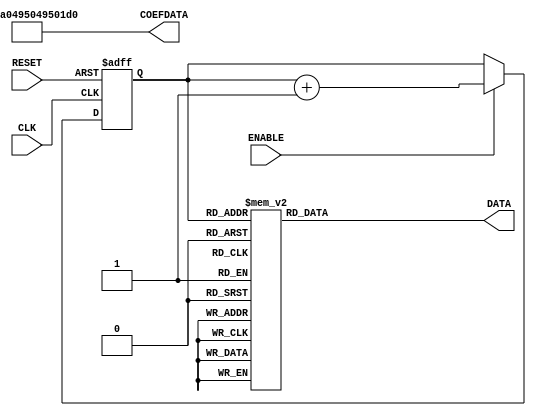
`timescale 1ns / 1ps
//////////////////////////////////////////////////////////////////////////////////
// creating a memory stream so ADDRESS is not part of the I/O

module mySAMPLEMem(
       input CLK, 
       input RESET,
       input ENABLE,
       output reg signed [15:0]  DATA,
       output [63:0] COEFDATA
    );
    
   reg [10:0] ADDR;
 
 assign  COEFDATA=64'h01CA0495049501CA;

 //synchronous output block & Memory address generator
   always @ (posedge CLK or posedge RESET) begin
        if(RESET)
            ADDR <=0;
        else if (ENABLE)
            ADDR<=ADDR+1;
    end
 
 
    always @(*) begin
        case(ADDR)
        0:DATA<=58;
        1:DATA<=60;
        2:DATA<=63;
        3:DATA<=66;
        4:DATA<=68;
        5:DATA<=71;
        6:DATA<=74;
        7:DATA<=76;
        8:DATA<=79;
        9:DATA<=81;
        10:DATA<=84;
        11:DATA<=86;
        12:DATA<=88;
        13:DATA<=91;
        14:DATA<=93;
        15:DATA<=95;
        16:DATA<=97;
        17:DATA<=99;
        18:DATA<=101;
        19:DATA<=103;
        20:DATA<=104;
        21:DATA<=106;
        22:DATA<=107;
        23:DATA<=109;
        24:DATA<=110;
        25:DATA<=111;
        26:DATA<=112;
        27:DATA<=113;
        28:DATA<=113;
        29:DATA<=114;
        30:DATA<=114;
        31:DATA<=115;
        32:DATA<=115;
        33:DATA<=115;
        34:DATA<=115;
        35:DATA<=115;
        36:DATA<=115;
        37:DATA<=114;
        38:DATA<=114;
        39:DATA<=113;
        40:DATA<=112;
        41:DATA<=111;
        42:DATA<=110;
        43:DATA<=109;
        44:DATA<=108;
        45:DATA<=107;
        46:DATA<=105;
        47:DATA<=104;
        48:DATA<=102;
        49:DATA<=100;
        50:DATA<=98;
        51:DATA<=96;
        52:DATA<=94;
        53:DATA<=92;
        54:DATA<=90;
        55:DATA<=88;
        56:DATA<=85;
        57:DATA<=83;
        58:DATA<=80;
        59:DATA<=78;
        60:DATA<=75;
        61:DATA<=73;
        62:DATA<=70;
        63:DATA<=68;
        64:DATA<=65;
        65:DATA<=62;
        66:DATA<=59;
        67:DATA<=57;
        68:DATA<=54;
        69:DATA<=51;
        70:DATA<=49;
        71:DATA<=46;
        72:DATA<=43;
        73:DATA<=41;
        74:DATA<=38;
        75:DATA<=36;
        76:DATA<=33;
        77:DATA<=31;
        78:DATA<=28;
        79:DATA<=26;
        80:DATA<=24;
        81:DATA<=22;
        82:DATA<=20;
        83:DATA<=18;
        84:DATA<=16;
        85:DATA<=14;
        86:DATA<=12;
        87:DATA<=10;
        88:DATA<=9;
        89:DATA<=8;
        90:DATA<=6;
        91:DATA<=5;
        92:DATA<=4;
        93:DATA<=3;
        94:DATA<=2;
        95:DATA<=2;
        96:DATA<=1;
        97:DATA<=1;
        98:DATA<=0;
        99:DATA<=0;
        100:DATA<=0;
        101:DATA<=0;
        102:DATA<=0;
        103:DATA<=1;
        104:DATA<=1;
        105:DATA<=2;
        106:DATA<=2;
        107:DATA<=3;
        108:DATA<=4;
        109:DATA<=5;
        110:DATA<=6;
        111:DATA<=8;
        112:DATA<=9;
        113:DATA<=10;
        114:DATA<=12;
        115:DATA<=14;
        116:DATA<=16;
        117:DATA<=18;
        118:DATA<=20;
        119:DATA<=22;
        120:DATA<=24;
        121:DATA<=26;
        122:DATA<=28;
        123:DATA<=31;
        124:DATA<=33;
        125:DATA<=36;
        126:DATA<=38;
        127:DATA<=41;
        128:DATA<=43;
        129:DATA<=46;
        130:DATA<=49;
        131:DATA<=51;
        132:DATA<=54;
        133:DATA<=57;
        134:DATA<=59;
        135:DATA<=62;
        136:DATA<=65;
        137:DATA<=68;
        138:DATA<=70;
        139:DATA<=73;
        140:DATA<=75;
        141:DATA<=78;
        142:DATA<=80;
        143:DATA<=83;
        144:DATA<=85;
        145:DATA<=88;
        146:DATA<=90;
        147:DATA<=92;
        148:DATA<=94;
        149:DATA<=96;
        150:DATA<=98;
        151:DATA<=100;
        152:DATA<=102;
        153:DATA<=104;
        154:DATA<=105;
        155:DATA<=107;
        156:DATA<=108;
        157:DATA<=109;
        158:DATA<=110;
        159:DATA<=111;
        160:DATA<=112;
        161:DATA<=113;
        162:DATA<=114;
        163:DATA<=114;
        164:DATA<=115;
        165:DATA<=115;
        166:DATA<=115;
        167:DATA<=115;
        168:DATA<=115;
        169:DATA<=115;
        170:DATA<=114;
        171:DATA<=114;
        172:DATA<=113;
        173:DATA<=113;
        174:DATA<=112;
        175:DATA<=111;
        176:DATA<=110;
        177:DATA<=109;
        178:DATA<=107;
        179:DATA<=106;
        180:DATA<=104;
        181:DATA<=103;
        182:DATA<=101;
        183:DATA<=99;
        184:DATA<=97;
        185:DATA<=95;
        186:DATA<=93;
        187:DATA<=91;
        188:DATA<=88;
        189:DATA<=86;
        190:DATA<=84;
        191:DATA<=81;
        192:DATA<=79;
        193:DATA<=76;
        194:DATA<=74;
        195:DATA<=71;
        196:DATA<=68;
        197:DATA<=66;
        198:DATA<=63;
        199:DATA<=60;
        200:DATA<=58;
        201:DATA<=55;
        202:DATA<=52;
        203:DATA<=49;
        204:DATA<=47;
        205:DATA<=44;
        206:DATA<=42;
        207:DATA<=39;
        208:DATA<=36;
        209:DATA<=34;
        210:DATA<=31;
        211:DATA<=29;
        212:DATA<=27;
        213:DATA<=24;
        214:DATA<=22;
        215:DATA<=20;
        216:DATA<=18;
        217:DATA<=16;
        218:DATA<=14;
        219:DATA<=13;
        220:DATA<=11;
        221:DATA<=9;
        222:DATA<=8;
        223:DATA<=7;
        224:DATA<=5;
        225:DATA<=4;
        226:DATA<=3;
        227:DATA<=3;
        228:DATA<=2;
        229:DATA<=1;
        230:DATA<=1;
        231:DATA<=0;
        232:DATA<=0;
        233:DATA<=0;
        234:DATA<=0;
        235:DATA<=0;
        236:DATA<=0;
        237:DATA<=1;
        238:DATA<=1;
        239:DATA<=2;
        240:DATA<=3;
        241:DATA<=4;
        242:DATA<=5;
        243:DATA<=6;
        244:DATA<=7;
        245:DATA<=8;
        246:DATA<=10;
        247:DATA<=12;
        248:DATA<=13;
        249:DATA<=15;
        250:DATA<=17;
        251:DATA<=19;
        252:DATA<=21;
        253:DATA<=23;
        254:DATA<=25;
        255:DATA<=28;
        256:DATA<=30;
        257:DATA<=32;
        258:DATA<=35;
        259:DATA<=37;
        260:DATA<=40;
        261:DATA<=42;
        262:DATA<=45;
        263:DATA<=48;
        264:DATA<=50;
        265:DATA<=53;
        266:DATA<=56;
        267:DATA<=59;
        268:DATA<=61;
        269:DATA<=64;
        270:DATA<=67;
        271:DATA<=69;
        272:DATA<=72;
        273:DATA<=75;
        274:DATA<=77;
        275:DATA<=80;
        276:DATA<=82;
        277:DATA<=85;
        278:DATA<=87;
        279:DATA<=89;
        280:DATA<=91;
        281:DATA<=94;
        282:DATA<=96;
        283:DATA<=98;
        284:DATA<=100;
        285:DATA<=101;
        286:DATA<=103;
        287:DATA<=105;
        288:DATA<=106;
        289:DATA<=108;
        290:DATA<=109;
        291:DATA<=110;
        292:DATA<=111;
        293:DATA<=112;
        294:DATA<=113;
        295:DATA<=114;
        296:DATA<=114;
        297:DATA<=115;
        298:DATA<=115;
        299:DATA<=115;
        300:DATA<=115;
        301:DATA<=115;
        302:DATA<=115;
        303:DATA<=115;
        304:DATA<=114;
        305:DATA<=114;
        306:DATA<=113;
        307:DATA<=112;
        308:DATA<=111;
        309:DATA<=110;
        310:DATA<=109;
        311:DATA<=108;
        312:DATA<=106;
        313:DATA<=105;
        314:DATA<=103;
        315:DATA<=101;
        316:DATA<=100;
        317:DATA<=98;
        318:DATA<=96;
        319:DATA<=94;
        320:DATA<=91;
        321:DATA<=89;
        322:DATA<=87;
        323:DATA<=85;
        324:DATA<=82;
        325:DATA<=80;
        326:DATA<=77;
        327:DATA<=75;
        328:DATA<=72;
        329:DATA<=69;
        330:DATA<=67;
        331:DATA<=64;
        332:DATA<=61;
        333:DATA<=59;
        334:DATA<=56;
        335:DATA<=53;
        336:DATA<=50;
        337:DATA<=48;
        338:DATA<=45;
        339:DATA<=42;
        340:DATA<=40;
        341:DATA<=37;
        342:DATA<=35;
        343:DATA<=32;
        344:DATA<=30;
        345:DATA<=28;
        346:DATA<=25;
        347:DATA<=23;
        348:DATA<=21;
        349:DATA<=19;
        350:DATA<=17;
        351:DATA<=15;
        352:DATA<=13;
        353:DATA<=12;
        354:DATA<=10;
        355:DATA<=8;
        356:DATA<=7;
        357:DATA<=6;
        358:DATA<=5;
        359:DATA<=4;
        360:DATA<=3;
        361:DATA<=2;
        362:DATA<=1;
        363:DATA<=1;
        364:DATA<=0;
        365:DATA<=0;
        366:DATA<=0;
        367:DATA<=0;
        368:DATA<=0;
        369:DATA<=0;
        370:DATA<=1;
        371:DATA<=1;
        372:DATA<=2;
        373:DATA<=3;
        374:DATA<=3;
        375:DATA<=4;
        376:DATA<=5;
        377:DATA<=7;
        378:DATA<=8;
        379:DATA<=9;
        380:DATA<=11;
        381:DATA<=13;
        382:DATA<=14;
        383:DATA<=16;
        384:DATA<=18;
        385:DATA<=20;
        386:DATA<=22;
        387:DATA<=24;
        388:DATA<=27;
        389:DATA<=29;
        390:DATA<=31;
        391:DATA<=34;
        392:DATA<=36;
        393:DATA<=39;
        394:DATA<=42;
        395:DATA<=44;
        396:DATA<=47;
        397:DATA<=49;
        398:DATA<=52;
        399:DATA<=55;
        400:DATA<=58;
        401:DATA<=60;
        402:DATA<=63;
        403:DATA<=66;
        404:DATA<=68;
        405:DATA<=71;
        406:DATA<=74;
        407:DATA<=76;
        408:DATA<=79;
        409:DATA<=81;
        410:DATA<=84;
        411:DATA<=86;
        412:DATA<=88;
        413:DATA<=91;
        414:DATA<=93;
        415:DATA<=95;
        416:DATA<=97;
        417:DATA<=99;
        418:DATA<=101;
        419:DATA<=103;
        420:DATA<=104;
        421:DATA<=106;
        422:DATA<=107;
        423:DATA<=109;
        424:DATA<=110;
        425:DATA<=111;
        426:DATA<=112;
        427:DATA<=113;
        428:DATA<=113;
        429:DATA<=114;
        430:DATA<=114;
        431:DATA<=115;
        432:DATA<=115;
        433:DATA<=115;
        434:DATA<=115;
        435:DATA<=115;
        436:DATA<=115;
        437:DATA<=114;
        438:DATA<=114;
        439:DATA<=113;
        440:DATA<=112;
        441:DATA<=111;
        442:DATA<=110;
        443:DATA<=109;
        444:DATA<=108;
        445:DATA<=107;
        446:DATA<=105;
        447:DATA<=104;
        448:DATA<=102;
        449:DATA<=100;
        450:DATA<=98;
        451:DATA<=96;
        452:DATA<=94;
        453:DATA<=92;
        454:DATA<=90;
        455:DATA<=88;
        456:DATA<=85;
        457:DATA<=83;
        458:DATA<=80;
        459:DATA<=78;
        460:DATA<=75;
        461:DATA<=73;
        462:DATA<=70;
        463:DATA<=68;
        464:DATA<=65;
        465:DATA<=62;
        466:DATA<=59;
        467:DATA<=57;
        468:DATA<=54;
        469:DATA<=51;
        470:DATA<=49;
        471:DATA<=46;
        472:DATA<=43;
        473:DATA<=41;
        474:DATA<=38;
        475:DATA<=36;
        476:DATA<=33;
        477:DATA<=31;
        478:DATA<=28;
        479:DATA<=26;
        480:DATA<=24;
        481:DATA<=22;
        482:DATA<=20;
        483:DATA<=18;
        484:DATA<=16;
        485:DATA<=14;
        486:DATA<=12;
        487:DATA<=10;
        488:DATA<=9;
        489:DATA<=8;
        490:DATA<=6;
        491:DATA<=5;
        492:DATA<=4;
        493:DATA<=3;
        494:DATA<=2;
        495:DATA<=2;
        496:DATA<=1;
        497:DATA<=1;
        498:DATA<=0;
        499:DATA<=0;
        500:DATA<=0;
        501:DATA<=0;
        502:DATA<=0;
        503:DATA<=1;
        504:DATA<=1;
        505:DATA<=2;
        506:DATA<=2;
        507:DATA<=3;
        508:DATA<=4;
        509:DATA<=5;
        510:DATA<=6;
        511:DATA<=8;
        512:DATA<=9;
        513:DATA<=10;
        514:DATA<=12;
        515:DATA<=14;
        516:DATA<=16;
        517:DATA<=18;
        518:DATA<=20;
        519:DATA<=22;
        520:DATA<=24;
        521:DATA<=26;
        522:DATA<=28;
        523:DATA<=31;
        524:DATA<=33;
        525:DATA<=36;
        526:DATA<=38;
        527:DATA<=41;
        528:DATA<=43;
        529:DATA<=46;
        530:DATA<=49;
        531:DATA<=51;
        532:DATA<=54;
        533:DATA<=57;
        534:DATA<=59;
        535:DATA<=62;
        536:DATA<=65;
        537:DATA<=68;
        538:DATA<=70;
        539:DATA<=73;
        540:DATA<=75;
        541:DATA<=78;
        542:DATA<=80;
        543:DATA<=83;
        544:DATA<=85;
        545:DATA<=88;
        546:DATA<=90;
        547:DATA<=92;
        548:DATA<=94;
        549:DATA<=96;
        550:DATA<=98;
        551:DATA<=100;
        552:DATA<=102;
        553:DATA<=104;
        554:DATA<=105;
        555:DATA<=107;
        556:DATA<=108;
        557:DATA<=109;
        558:DATA<=110;
        559:DATA<=111;
        560:DATA<=112;
        561:DATA<=113;
        562:DATA<=114;
        563:DATA<=114;
        564:DATA<=115;
        565:DATA<=115;
        566:DATA<=115;
        567:DATA<=115;
        568:DATA<=115;
        569:DATA<=115;
        570:DATA<=114;
        571:DATA<=114;
        572:DATA<=113;
        573:DATA<=113;
        574:DATA<=112;
        575:DATA<=111;
        576:DATA<=110;
        577:DATA<=109;
        578:DATA<=107;
        579:DATA<=106;
        580:DATA<=104;
        581:DATA<=103;
        582:DATA<=101;
        583:DATA<=99;
        584:DATA<=97;
        585:DATA<=95;
        586:DATA<=93;
        587:DATA<=91;
        588:DATA<=88;
        589:DATA<=86;
        590:DATA<=84;
        591:DATA<=81;
        592:DATA<=79;
        593:DATA<=76;
        594:DATA<=74;
        595:DATA<=71;
        596:DATA<=68;
        597:DATA<=66;
        598:DATA<=63;
        599:DATA<=60;
        600:DATA<=58;
        601:DATA<=55;
        602:DATA<=52;
        603:DATA<=49;
        604:DATA<=47;
        605:DATA<=44;
        606:DATA<=42;
        607:DATA<=39;
        608:DATA<=36;
        609:DATA<=34;
        610:DATA<=31;
        611:DATA<=29;
        612:DATA<=27;
        613:DATA<=24;
        614:DATA<=22;
        615:DATA<=20;
        616:DATA<=18;
        617:DATA<=16;
        618:DATA<=14;
        619:DATA<=13;
        620:DATA<=11;
        621:DATA<=9;
        622:DATA<=8;
        623:DATA<=7;
        624:DATA<=5;
        625:DATA<=4;
        626:DATA<=3;
        627:DATA<=3;
        628:DATA<=2;
        629:DATA<=1;
        630:DATA<=1;
        631:DATA<=0;
        632:DATA<=0;
        633:DATA<=0;
        634:DATA<=0;
        635:DATA<=0;
        636:DATA<=0;
        637:DATA<=1;
        638:DATA<=1;
        639:DATA<=2;
        640:DATA<=3;
        641:DATA<=4;
        642:DATA<=5;
        643:DATA<=6;
        644:DATA<=7;
        645:DATA<=8;
        646:DATA<=10;
        647:DATA<=12;
        648:DATA<=13;
        649:DATA<=15;
        650:DATA<=17;
        651:DATA<=19;
        652:DATA<=21;
        653:DATA<=23;
        654:DATA<=25;
        655:DATA<=28;
        656:DATA<=30;
        657:DATA<=32;
        658:DATA<=35;
        659:DATA<=37;
        660:DATA<=40;
        661:DATA<=42;
        662:DATA<=45;
        663:DATA<=48;
        664:DATA<=50;
        665:DATA<=53;
        666:DATA<=56;
        667:DATA<=59;
        668:DATA<=61;
        669:DATA<=64;
        670:DATA<=67;
        671:DATA<=69;
        672:DATA<=72;
        673:DATA<=75;
        674:DATA<=77;
        675:DATA<=80;
        676:DATA<=82;
        677:DATA<=85;
        678:DATA<=87;
        679:DATA<=89;
        680:DATA<=91;
        681:DATA<=94;
        682:DATA<=96;
        683:DATA<=98;
        684:DATA<=100;
        685:DATA<=101;
        686:DATA<=103;
        687:DATA<=105;
        688:DATA<=106;
        689:DATA<=108;
        690:DATA<=109;
        691:DATA<=110;
        692:DATA<=111;
        693:DATA<=112;
        694:DATA<=113;
        695:DATA<=114;
        696:DATA<=114;
        697:DATA<=115;
        698:DATA<=115;
        699:DATA<=115;
        700:DATA<=115;
        701:DATA<=115;
        702:DATA<=115;
        703:DATA<=115;
        704:DATA<=114;
        705:DATA<=114;
        706:DATA<=113;
        707:DATA<=112;
        708:DATA<=111;
        709:DATA<=110;
        710:DATA<=109;
        711:DATA<=108;
        712:DATA<=106;
        713:DATA<=105;
        714:DATA<=103;
        715:DATA<=101;
        716:DATA<=100;
        717:DATA<=98;
        718:DATA<=96;
        719:DATA<=94;
        720:DATA<=91;
        721:DATA<=89;
        722:DATA<=87;
        723:DATA<=85;
        724:DATA<=82;
        725:DATA<=80;
        726:DATA<=77;
        727:DATA<=75;
        728:DATA<=72;
        729:DATA<=69;
        730:DATA<=67;
        731:DATA<=64;
        732:DATA<=61;
        733:DATA<=59;
        734:DATA<=56;
        735:DATA<=53;
        736:DATA<=50;
        737:DATA<=48;
        738:DATA<=45;
        739:DATA<=42;
        740:DATA<=40;
        741:DATA<=37;
        742:DATA<=35;
        743:DATA<=32;
        744:DATA<=30;
        745:DATA<=28;
        746:DATA<=25;
        747:DATA<=23;
        748:DATA<=21;
        749:DATA<=19;
        750:DATA<=17;
        751:DATA<=15;
        752:DATA<=13;
        753:DATA<=12;
        754:DATA<=10;
        755:DATA<=8;
        756:DATA<=7;
        757:DATA<=6;
        758:DATA<=5;
        759:DATA<=4;
        760:DATA<=3;
        761:DATA<=2;
        762:DATA<=1;
        763:DATA<=1;
        764:DATA<=0;
        765:DATA<=0;
        766:DATA<=0;
        767:DATA<=0;
        768:DATA<=0;
        769:DATA<=0;
        770:DATA<=1;
        771:DATA<=1;
        772:DATA<=2;
        773:DATA<=3;
        774:DATA<=3;
        775:DATA<=4;
        776:DATA<=5;
        777:DATA<=7;
        778:DATA<=8;
        779:DATA<=9;
        780:DATA<=11;
        781:DATA<=13;
        782:DATA<=14;
        783:DATA<=16;
        784:DATA<=18;
        785:DATA<=20;
        786:DATA<=22;
        787:DATA<=24;
        788:DATA<=27;
        789:DATA<=29;
        790:DATA<=31;
        791:DATA<=34;
        792:DATA<=36;
        793:DATA<=39;
        794:DATA<=42;
        795:DATA<=44;
        796:DATA<=47;
        797:DATA<=49;
        798:DATA<=52;
        799:DATA<=55;
        800:DATA<=58;
        801:DATA<=58;
        802:DATA<=84;
        803:DATA<=104;
        804:DATA<=114;
        805:DATA<=112;
        806:DATA<=98;
        807:DATA<=75;
        808:DATA<=49;
        809:DATA<=24;
        810:DATA<=6;
        811:DATA<=0;
        812:DATA<=6;
        813:DATA<=24;
        814:DATA<=49;
        815:DATA<=75;
        816:DATA<=98;
        817:DATA<=112;
        818:DATA<=114;
        819:DATA<=104;
        820:DATA<=84;
        821:DATA<=58;
        822:DATA<=31;
        823:DATA<=11;
        824:DATA<=1;
        825:DATA<=3;
        826:DATA<=17;
        827:DATA<=40;
        828:DATA<=67;
        829:DATA<=91;
        830:DATA<=109;
        831:DATA<=115;
        832:DATA<=109;
        833:DATA<=91;
        834:DATA<=67;
        835:DATA<=40;
        836:DATA<=17;
        837:DATA<=3;
        838:DATA<=1;
        839:DATA<=11;
        840:DATA<=31;
        841:DATA<=58;
        842:DATA<=84;
        843:DATA<=104;
        844:DATA<=114;
        845:DATA<=112;
        846:DATA<=98;
        847:DATA<=75;
        848:DATA<=49;
        849:DATA<=24;
        850:DATA<=6;
        851:DATA<=0;
        852:DATA<=6;
        853:DATA<=24;
        854:DATA<=49;
        855:DATA<=75;
        856:DATA<=98;
        857:DATA<=112;
        858:DATA<=114;
        859:DATA<=104;
        860:DATA<=84;
        861:DATA<=58;
        862:DATA<=31;
        863:DATA<=11;
        864:DATA<=1;
        865:DATA<=3;
        866:DATA<=17;
        867:DATA<=40;
        868:DATA<=67;
        869:DATA<=91;
        870:DATA<=109;
        871:DATA<=115;
        872:DATA<=109;
        873:DATA<=91;
        874:DATA<=67;
        875:DATA<=40;
        876:DATA<=17;
        877:DATA<=3;
        878:DATA<=1;
        879:DATA<=11;
        880:DATA<=31;
        881:DATA<=58;
        882:DATA<=84;
        883:DATA<=104;
        884:DATA<=114;
        885:DATA<=112;
        886:DATA<=98;
        887:DATA<=75;
        888:DATA<=49;
        889:DATA<=24;
        890:DATA<=6;
        891:DATA<=0;
        892:DATA<=6;
        893:DATA<=24;
        894:DATA<=49;
        895:DATA<=75;
        896:DATA<=98;
        897:DATA<=112;
        898:DATA<=114;
        899:DATA<=104;
        900:DATA<=84;
        901:DATA<=58;
        902:DATA<=31;
        903:DATA<=11;
        904:DATA<=1;
        905:DATA<=3;
        906:DATA<=17;
        907:DATA<=40;
        908:DATA<=67;
        909:DATA<=91;
        910:DATA<=109;
        911:DATA<=115;
        912:DATA<=109;
        913:DATA<=91;
        914:DATA<=67;
        915:DATA<=40;
        916:DATA<=17;
        917:DATA<=3;
        918:DATA<=1;
        919:DATA<=11;
        920:DATA<=31;
        921:DATA<=58;
        922:DATA<=84;
        923:DATA<=104;
        924:DATA<=114;
        925:DATA<=112;
        926:DATA<=98;
        927:DATA<=75;
        928:DATA<=49;
        929:DATA<=24;
        930:DATA<=6;
        931:DATA<=0;
        932:DATA<=6;
        933:DATA<=24;
        934:DATA<=49;
        935:DATA<=75;
        936:DATA<=98;
        937:DATA<=112;
        938:DATA<=114;
        939:DATA<=104;
        940:DATA<=84;
        941:DATA<=58;
        942:DATA<=31;
        943:DATA<=11;
        944:DATA<=1;
        945:DATA<=3;
        946:DATA<=17;
        947:DATA<=40;
        948:DATA<=67;
        949:DATA<=91;
        950:DATA<=109;
        951:DATA<=115;
        952:DATA<=109;
        953:DATA<=91;
        954:DATA<=67;
        955:DATA<=40;
        956:DATA<=17;
        957:DATA<=3;
        958:DATA<=1;
        959:DATA<=11;
        960:DATA<=31;
        961:DATA<=58;
        962:DATA<=84;
        963:DATA<=104;
        964:DATA<=114;
        965:DATA<=112;
        966:DATA<=98;
        967:DATA<=75;
        968:DATA<=49;
        969:DATA<=24;
        970:DATA<=6;
        971:DATA<=0;
        972:DATA<=6;
        973:DATA<=24;
        974:DATA<=49;
        975:DATA<=75;
        976:DATA<=98;
        977:DATA<=112;
        978:DATA<=114;
        979:DATA<=104;
        980:DATA<=84;
        981:DATA<=58;
        982:DATA<=31;
        983:DATA<=11;
        984:DATA<=1;
        985:DATA<=3;
        986:DATA<=17;
        987:DATA<=40;
        988:DATA<=67;
        989:DATA<=91;
        990:DATA<=109;
        991:DATA<=115;
        992:DATA<=109;
        993:DATA<=91;
        994:DATA<=67;
        995:DATA<=40;
        996:DATA<=17;
        997:DATA<=3;
        998:DATA<=1;
        999:DATA<=11;
        1000:DATA<=31;
        1001:DATA<=58;
        1002:DATA<=84;
        1003:DATA<=104;
        1004:DATA<=114;
        1005:DATA<=112;
        1006:DATA<=98;
        1007:DATA<=75;
        1008:DATA<=49;
        1009:DATA<=24;
        1010:DATA<=6;
        1011:DATA<=0;
        1012:DATA<=6;
        1013:DATA<=24;
        1014:DATA<=49;
        1015:DATA<=75;
        1016:DATA<=98;
        1017:DATA<=112;
        1018:DATA<=114;
        1019:DATA<=104;
        1020:DATA<=84;
        1021:DATA<=58;
        1022:DATA<=31;
        1023:DATA<=11;
        1024:DATA<=1;
        1025:DATA<=3;
        1026:DATA<=17;
        1027:DATA<=40;
        1028:DATA<=67;
        1029:DATA<=91;
        1030:DATA<=109;
        1031:DATA<=115;
        1032:DATA<=109;
        1033:DATA<=91;
        1034:DATA<=67;
        1035:DATA<=40;
        1036:DATA<=17;
        1037:DATA<=3;
        1038:DATA<=1;
        1039:DATA<=11;
        1040:DATA<=31;
        1041:DATA<=58;
        1042:DATA<=84;
        1043:DATA<=104;
        1044:DATA<=114;
        1045:DATA<=112;
        1046:DATA<=98;
        1047:DATA<=75;
        1048:DATA<=49;
        1049:DATA<=24;
        1050:DATA<=6;
        1051:DATA<=0;
        1052:DATA<=6;
        1053:DATA<=24;
        1054:DATA<=49;
        1055:DATA<=75;
        1056:DATA<=98;
        1057:DATA<=112;
        1058:DATA<=114;
        1059:DATA<=104;
        1060:DATA<=84;
        1061:DATA<=58;
        1062:DATA<=31;
        1063:DATA<=11;
        1064:DATA<=1;
        1065:DATA<=3;
        1066:DATA<=17;
        1067:DATA<=40;
        1068:DATA<=67;
        1069:DATA<=91;
        1070:DATA<=109;
        1071:DATA<=115;
        1072:DATA<=109;
        1073:DATA<=91;
        1074:DATA<=67;
        1075:DATA<=40;
        1076:DATA<=17;
        1077:DATA<=3;
        1078:DATA<=1;
        1079:DATA<=11;
        1080:DATA<=31;
        1081:DATA<=58;
        1082:DATA<=84;
        1083:DATA<=104;
        1084:DATA<=114;
        1085:DATA<=112;
        1086:DATA<=98;
        1087:DATA<=75;
        1088:DATA<=49;
        1089:DATA<=24;
        1090:DATA<=6;
        1091:DATA<=0;
        1092:DATA<=6;
        1093:DATA<=24;
        1094:DATA<=49;
        1095:DATA<=75;
        1096:DATA<=98;
        1097:DATA<=112;
        1098:DATA<=114;
        1099:DATA<=104;
        1100:DATA<=84;
        1101:DATA<=58;
        1102:DATA<=31;
        1103:DATA<=11;
        1104:DATA<=1;
        1105:DATA<=3;
        1106:DATA<=17;
        1107:DATA<=40;
        1108:DATA<=67;
        1109:DATA<=91;
        1110:DATA<=109;
        1111:DATA<=115;
        1112:DATA<=109;
        1113:DATA<=91;
        1114:DATA<=67;
        1115:DATA<=40;
        1116:DATA<=17;
        1117:DATA<=3;
        1118:DATA<=1;
        1119:DATA<=11;
        1120:DATA<=31;
        1121:DATA<=58;
        1122:DATA<=84;
        1123:DATA<=104;
        1124:DATA<=114;
        1125:DATA<=112;
        1126:DATA<=98;
        1127:DATA<=75;
        1128:DATA<=49;
        1129:DATA<=24;
        1130:DATA<=6;
        1131:DATA<=0;
        1132:DATA<=6;
        1133:DATA<=24;
        1134:DATA<=49;
        1135:DATA<=75;
        1136:DATA<=98;
        1137:DATA<=112;
        1138:DATA<=114;
        1139:DATA<=104;
        1140:DATA<=84;
        1141:DATA<=58;
        1142:DATA<=31;
        1143:DATA<=11;
        1144:DATA<=1;
        1145:DATA<=3;
        1146:DATA<=17;
        1147:DATA<=40;
        1148:DATA<=67;
        1149:DATA<=91;
        1150:DATA<=109;
        1151:DATA<=115;
        1152:DATA<=109;
        1153:DATA<=91;
        1154:DATA<=67;
        1155:DATA<=40;
        1156:DATA<=17;
        1157:DATA<=3;
        1158:DATA<=1;
        1159:DATA<=11;
        1160:DATA<=31;
        1161:DATA<=58;
        1162:DATA<=84;
        1163:DATA<=104;
        1164:DATA<=114;
        1165:DATA<=112;
        1166:DATA<=98;
        1167:DATA<=75;
        1168:DATA<=49;
        1169:DATA<=24;
        1170:DATA<=6;
        1171:DATA<=0;
        1172:DATA<=6;
        1173:DATA<=24;
        1174:DATA<=49;
        1175:DATA<=75;
        1176:DATA<=98;
        1177:DATA<=112;
        1178:DATA<=114;
        1179:DATA<=104;
        1180:DATA<=84;
        1181:DATA<=58;
        1182:DATA<=31;
        1183:DATA<=11;
        1184:DATA<=1;
        1185:DATA<=3;
        1186:DATA<=17;
        1187:DATA<=40;
        1188:DATA<=67;
        1189:DATA<=91;
        1190:DATA<=109;
        1191:DATA<=115;
        1192:DATA<=109;
        1193:DATA<=91;
        1194:DATA<=67;
        1195:DATA<=40;
        1196:DATA<=17;
        1197:DATA<=3;
        1198:DATA<=1;
        1199:DATA<=11;
        1200:DATA<=31;
        1201:DATA<=58;
        1202:DATA<=84;
        1203:DATA<=104;
        1204:DATA<=114;
        1205:DATA<=112;
        1206:DATA<=98;
        1207:DATA<=75;
        1208:DATA<=49;
        1209:DATA<=24;
        1210:DATA<=6;
        1211:DATA<=0;
        1212:DATA<=6;
        1213:DATA<=24;
        1214:DATA<=49;
        1215:DATA<=75;
        1216:DATA<=98;
        1217:DATA<=112;
        1218:DATA<=114;
        1219:DATA<=104;
        1220:DATA<=84;
        1221:DATA<=58;
        1222:DATA<=31;
        1223:DATA<=11;
        1224:DATA<=1;
        1225:DATA<=3;
        1226:DATA<=17;
        1227:DATA<=40;
        1228:DATA<=67;
        1229:DATA<=91;
        1230:DATA<=109;
        1231:DATA<=115;
        1232:DATA<=109;
        1233:DATA<=91;
        1234:DATA<=67;
        1235:DATA<=40;
        1236:DATA<=17;
        1237:DATA<=3;
        1238:DATA<=1;
        1239:DATA<=11;
        1240:DATA<=31;
        1241:DATA<=58;
        1242:DATA<=84;
        1243:DATA<=104;
        1244:DATA<=114;
        1245:DATA<=112;
        1246:DATA<=98;
        1247:DATA<=75;
        1248:DATA<=49;
        1249:DATA<=24;
        1250:DATA<=6;
        1251:DATA<=0;
        1252:DATA<=6;
        1253:DATA<=24;
        1254:DATA<=49;
        1255:DATA<=75;
        1256:DATA<=98;
        1257:DATA<=112;
        1258:DATA<=114;
        1259:DATA<=104;
        1260:DATA<=84;
        1261:DATA<=58;
        1262:DATA<=31;
        1263:DATA<=11;
        1264:DATA<=1;
        1265:DATA<=3;
        1266:DATA<=17;
        1267:DATA<=40;
        1268:DATA<=67;
        1269:DATA<=91;
        1270:DATA<=109;
        1271:DATA<=115;
        1272:DATA<=109;
        1273:DATA<=91;
        1274:DATA<=67;
        1275:DATA<=40;
        1276:DATA<=17;
        1277:DATA<=3;
        1278:DATA<=1;
        1279:DATA<=11;
        1280:DATA<=31;
        1281:DATA<=58;
        1282:DATA<=84;
        1283:DATA<=104;
        1284:DATA<=114;
        1285:DATA<=112;
        1286:DATA<=98;
        1287:DATA<=75;
        1288:DATA<=49;
        1289:DATA<=24;
        1290:DATA<=6;
        1291:DATA<=0;
        1292:DATA<=6;
        1293:DATA<=24;
        1294:DATA<=49;
        1295:DATA<=75;
        1296:DATA<=98;
        1297:DATA<=112;
        1298:DATA<=114;
        1299:DATA<=104;
        1300:DATA<=84;
        1301:DATA<=58;
        1302:DATA<=31;
        1303:DATA<=11;
        1304:DATA<=1;
        1305:DATA<=3;
        1306:DATA<=17;
        1307:DATA<=40;
        1308:DATA<=67;
        1309:DATA<=91;
        1310:DATA<=109;
        1311:DATA<=115;
        1312:DATA<=109;
        1313:DATA<=91;
        1314:DATA<=67;
        1315:DATA<=40;
        1316:DATA<=17;
        1317:DATA<=3;
        1318:DATA<=1;
        1319:DATA<=11;
        1320:DATA<=31;
        1321:DATA<=58;
        1322:DATA<=84;
        1323:DATA<=104;
        1324:DATA<=114;
        1325:DATA<=112;
        1326:DATA<=98;
        1327:DATA<=75;
        1328:DATA<=49;
        1329:DATA<=24;
        1330:DATA<=6;
        1331:DATA<=0;
        1332:DATA<=6;
        1333:DATA<=24;
        1334:DATA<=49;
        1335:DATA<=75;
        1336:DATA<=98;
        1337:DATA<=112;
        1338:DATA<=114;
        1339:DATA<=104;
        1340:DATA<=84;
        1341:DATA<=58;
        1342:DATA<=31;
        1343:DATA<=11;
        1344:DATA<=1;
        1345:DATA<=3;
        1346:DATA<=17;
        1347:DATA<=40;
        1348:DATA<=67;
        1349:DATA<=91;
        1350:DATA<=109;
        1351:DATA<=115;
        1352:DATA<=109;
        1353:DATA<=91;
        1354:DATA<=67;
        1355:DATA<=40;
        1356:DATA<=17;
        1357:DATA<=3;
        1358:DATA<=1;
        1359:DATA<=11;
        1360:DATA<=31;
        1361:DATA<=58;
        1362:DATA<=84;
        1363:DATA<=104;
        1364:DATA<=114;
        1365:DATA<=112;
        1366:DATA<=98;
        1367:DATA<=75;
        1368:DATA<=49;
        1369:DATA<=24;
        1370:DATA<=6;
        1371:DATA<=0;
        1372:DATA<=6;
        1373:DATA<=24;
        1374:DATA<=49;
        1375:DATA<=75;
        1376:DATA<=98;
        1377:DATA<=112;
        1378:DATA<=114;
        1379:DATA<=104;
        1380:DATA<=84;
        1381:DATA<=58;
        1382:DATA<=31;
        1383:DATA<=11;
        1384:DATA<=1;
        1385:DATA<=3;
        1386:DATA<=17;
        1387:DATA<=40;
        1388:DATA<=67;
        1389:DATA<=91;
        1390:DATA<=109;
        1391:DATA<=115;
        1392:DATA<=109;
        1393:DATA<=91;
        1394:DATA<=67;
        1395:DATA<=40;
        1396:DATA<=17;
        1397:DATA<=3;
        1398:DATA<=1;
        1399:DATA<=11;
        1400:DATA<=31;
        1401:DATA<=58;
        1402:DATA<=84;
        1403:DATA<=104;
        1404:DATA<=114;
        1405:DATA<=112;
        1406:DATA<=98;
        1407:DATA<=75;
        1408:DATA<=49;
        1409:DATA<=24;
        1410:DATA<=6;
        1411:DATA<=0;
        1412:DATA<=6;
        1413:DATA<=24;
        1414:DATA<=49;
        1415:DATA<=75;
        1416:DATA<=98;
        1417:DATA<=112;
        1418:DATA<=114;
        1419:DATA<=104;
        1420:DATA<=84;
        1421:DATA<=58;
        1422:DATA<=31;
        1423:DATA<=11;
        1424:DATA<=1;
        1425:DATA<=3;
        1426:DATA<=17;
        1427:DATA<=40;
        1428:DATA<=67;
        1429:DATA<=91;
        1430:DATA<=109;
        1431:DATA<=115;
        1432:DATA<=109;
        1433:DATA<=91;
        1434:DATA<=67;
        1435:DATA<=40;
        1436:DATA<=17;
        1437:DATA<=3;
        1438:DATA<=1;
        1439:DATA<=11;
        1440:DATA<=31;
        1441:DATA<=58;
        1442:DATA<=84;
        1443:DATA<=104;
        1444:DATA<=114;
        1445:DATA<=112;
        1446:DATA<=98;
        1447:DATA<=75;
        1448:DATA<=49;
        1449:DATA<=24;
        1450:DATA<=6;
        1451:DATA<=0;
        1452:DATA<=6;
        1453:DATA<=24;
        1454:DATA<=49;
        1455:DATA<=75;
        1456:DATA<=98;
        1457:DATA<=112;
        1458:DATA<=114;
        1459:DATA<=104;
        1460:DATA<=84;
        1461:DATA<=58;
        1462:DATA<=31;
        1463:DATA<=11;
        1464:DATA<=1;
        1465:DATA<=3;
        1466:DATA<=17;
        1467:DATA<=40;
        1468:DATA<=67;
        1469:DATA<=91;
        1470:DATA<=109;
        1471:DATA<=115;
        1472:DATA<=109;
        1473:DATA<=91;
        1474:DATA<=67;
        1475:DATA<=40;
        1476:DATA<=17;
        1477:DATA<=3;
        1478:DATA<=1;
        1479:DATA<=11;
        1480:DATA<=31;
        1481:DATA<=58;
        1482:DATA<=84;
        1483:DATA<=104;
        1484:DATA<=114;
        1485:DATA<=112;
        1486:DATA<=98;
        1487:DATA<=75;
        1488:DATA<=49;
        1489:DATA<=24;
        1490:DATA<=6;
        1491:DATA<=0;
        1492:DATA<=6;
        1493:DATA<=24;
        1494:DATA<=49;
        1495:DATA<=75;
        1496:DATA<=98;
        1497:DATA<=112;
        1498:DATA<=114;
        1499:DATA<=104;
        1500:DATA<=84;
        1501:DATA<=58;
        1502:DATA<=31;
        1503:DATA<=11;
        1504:DATA<=1;
        1505:DATA<=3;
        1506:DATA<=17;
        1507:DATA<=40;
        1508:DATA<=67;
        1509:DATA<=91;
        1510:DATA<=109;
        1511:DATA<=115;
        1512:DATA<=109;
        1513:DATA<=91;
        1514:DATA<=67;
        1515:DATA<=40;
        1516:DATA<=17;
        1517:DATA<=3;
        1518:DATA<=1;
        1519:DATA<=11;
        1520:DATA<=31;
        1521:DATA<=58;
        1522:DATA<=84;
        1523:DATA<=104;
        1524:DATA<=114;
        1525:DATA<=112;
        1526:DATA<=98;
        1527:DATA<=75;
        1528:DATA<=49;
        1529:DATA<=24;
        1530:DATA<=6;
        1531:DATA<=0;
        1532:DATA<=6;
        1533:DATA<=24;
        1534:DATA<=49;
        1535:DATA<=75;
        1536:DATA<=98;
        1537:DATA<=112;
        1538:DATA<=114;
        1539:DATA<=104;
        1540:DATA<=84;
        1541:DATA<=58;
        1542:DATA<=31;
        1543:DATA<=11;
        1544:DATA<=1;
        1545:DATA<=3;
        1546:DATA<=17;
        1547:DATA<=40;
        1548:DATA<=67;
        1549:DATA<=91;
        1550:DATA<=109;
        1551:DATA<=115;
        1552:DATA<=109;
        1553:DATA<=91;
        1554:DATA<=67;
        1555:DATA<=40;
        1556:DATA<=17;
        1557:DATA<=3;
        1558:DATA<=1;
        1559:DATA<=11;
        1560:DATA<=31;
        1561:DATA<=58;
        1562:DATA<=84;
        1563:DATA<=104;
        1564:DATA<=114;
        1565:DATA<=112;
        1566:DATA<=98;
        1567:DATA<=75;
        1568:DATA<=49;
        1569:DATA<=24;
        1570:DATA<=6;
        1571:DATA<=0;
        1572:DATA<=6;
        1573:DATA<=24;
        1574:DATA<=49;
        1575:DATA<=75;
        1576:DATA<=98;
        1577:DATA<=112;
        1578:DATA<=114;
        1579:DATA<=104;
        1580:DATA<=84;
        1581:DATA<=58;
        1582:DATA<=31;
        1583:DATA<=11;
        1584:DATA<=1;
        1585:DATA<=3;
        1586:DATA<=17;
        1587:DATA<=40;
        1588:DATA<=67;
        1589:DATA<=91;
        1590:DATA<=109;
        1591:DATA<=115;
        1592:DATA<=109;
        1593:DATA<=91;
        1594:DATA<=67;
        1595:DATA<=40;
        1596:DATA<=17;
        1597:DATA<=3;
        1598:DATA<=1;
        1599:DATA<=11;
        1600:DATA<=31;
        1601:DATA<=58;
        1602:DATA<=58;
        1603:DATA<=98;
        1604:DATA<=0;
        1605:DATA<=98;
        1606:DATA<=58;
        1607:DATA<=17;
        1608:DATA<=115;
        1609:DATA<=17;
        1610:DATA<=58;
        1611:DATA<=98;
        1612:DATA<=0;
        1613:DATA<=98;
        1614:DATA<=58;
        1615:DATA<=17;
        1616:DATA<=115;
        1617:DATA<=17;
        1618:DATA<=58;
        1619:DATA<=98;
        1620:DATA<=0;
        1621:DATA<=98;
        1622:DATA<=58;
        1623:DATA<=17;
        1624:DATA<=115;
        1625:DATA<=17;
        1626:DATA<=58;
        1627:DATA<=98;
        1628:DATA<=0;
        1629:DATA<=98;
        1630:DATA<=58;
        1631:DATA<=17;
        1632:DATA<=115;
        1633:DATA<=17;
        1634:DATA<=58;
        1635:DATA<=98;
        1636:DATA<=0;
        1637:DATA<=98;
        1638:DATA<=58;
        1639:DATA<=17;
        1640:DATA<=115;
        1641:DATA<=17;
        1642:DATA<=58;
        1643:DATA<=98;
        1644:DATA<=0;
        1645:DATA<=98;
        1646:DATA<=58;
        1647:DATA<=17;
        1648:DATA<=115;
        1649:DATA<=17;
        1650:DATA<=58;
        1651:DATA<=98;
        1652:DATA<=0;
        1653:DATA<=98;
        1654:DATA<=58;
        1655:DATA<=17;
        1656:DATA<=115;
        1657:DATA<=17;
        1658:DATA<=58;
        1659:DATA<=98;
        1660:DATA<=0;
        1661:DATA<=98;
        1662:DATA<=58;
        1663:DATA<=17;
        1664:DATA<=115;
        1665:DATA<=17;
        1666:DATA<=58;
        1667:DATA<=98;
        1668:DATA<=0;
        1669:DATA<=98;
        1670:DATA<=58;
        1671:DATA<=17;
        1672:DATA<=115;
        1673:DATA<=17;
        1674:DATA<=58;
        1675:DATA<=98;
        1676:DATA<=0;
        1677:DATA<=98;
        1678:DATA<=58;
        1679:DATA<=17;
        1680:DATA<=115;
        1681:DATA<=17;
        1682:DATA<=58;
        1683:DATA<=98;
        1684:DATA<=0;
        1685:DATA<=98;
        1686:DATA<=58;
        1687:DATA<=17;
        1688:DATA<=115;
        1689:DATA<=17;
        1690:DATA<=58;
        1691:DATA<=98;
        1692:DATA<=0;
        1693:DATA<=98;
        1694:DATA<=58;
        1695:DATA<=17;
        1696:DATA<=115;
        1697:DATA<=17;
        1698:DATA<=58;
        1699:DATA<=98;
        1700:DATA<=0;
        1701:DATA<=98;
        1702:DATA<=58;
        1703:DATA<=17;
        1704:DATA<=115;
        1705:DATA<=17;
        1706:DATA<=58;
        1707:DATA<=98;
        1708:DATA<=0;
        1709:DATA<=98;
        1710:DATA<=58;
        1711:DATA<=17;
        1712:DATA<=115;
        1713:DATA<=17;
        1714:DATA<=58;
        1715:DATA<=98;
        1716:DATA<=0;
        1717:DATA<=98;
        1718:DATA<=58;
        1719:DATA<=17;
        1720:DATA<=115;
        1721:DATA<=17;
        1722:DATA<=58;
        1723:DATA<=98;
        1724:DATA<=0;
        1725:DATA<=98;
        1726:DATA<=58;
        1727:DATA<=17;
        1728:DATA<=115;
        1729:DATA<=17;
        1730:DATA<=58;
        1731:DATA<=98;
        1732:DATA<=0;
        1733:DATA<=98;
        1734:DATA<=58;
        1735:DATA<=17;
        1736:DATA<=115;
        1737:DATA<=17;
        1738:DATA<=58;
        1739:DATA<=98;
        1740:DATA<=0;
        1741:DATA<=98;
        1742:DATA<=58;
        1743:DATA<=17;
        1744:DATA<=115;
        1745:DATA<=17;
        1746:DATA<=58;
        1747:DATA<=98;
        1748:DATA<=0;
        1749:DATA<=98;
        1750:DATA<=58;
        1751:DATA<=17;
        1752:DATA<=115;
        1753:DATA<=17;
        1754:DATA<=58;
        1755:DATA<=98;
        1756:DATA<=0;
        1757:DATA<=98;
        1758:DATA<=58;
        1759:DATA<=17;
        1760:DATA<=115;
        1761:DATA<=17;
        1762:DATA<=58;
        1763:DATA<=98;
        1764:DATA<=0;
        1765:DATA<=98;
        1766:DATA<=58;
        1767:DATA<=17;
        1768:DATA<=115;
        1769:DATA<=17;
        1770:DATA<=58;
        1771:DATA<=98;
        1772:DATA<=0;
        1773:DATA<=98;
        1774:DATA<=58;
        1775:DATA<=17;
        1776:DATA<=115;
        1777:DATA<=17;
        1778:DATA<=58;
        1779:DATA<=98;
        1780:DATA<=0;
        1781:DATA<=98;
        1782:DATA<=58;
        1783:DATA<=17;
        1784:DATA<=115;
        1785:DATA<=17;
        1786:DATA<=58;
        1787:DATA<=98;
        1788:DATA<=0;
        1789:DATA<=98;
        1790:DATA<=58;
        1791:DATA<=17;
        1792:DATA<=115;
        1793:DATA<=17;
        1794:DATA<=58;
        1795:DATA<=98;
        1796:DATA<=0;
        1797:DATA<=98;
        1798:DATA<=58;
        1799:DATA<=17;
        1800:DATA<=115;
        1801:DATA<=17;
        1802:DATA<=58;
        1803:DATA<=98;
        1804:DATA<=0;
        1805:DATA<=98;
        1806:DATA<=58;
        1807:DATA<=17;
        1808:DATA<=115;
        1809:DATA<=17;
        1810:DATA<=58;
        1811:DATA<=98;
        1812:DATA<=0;
        1813:DATA<=98;
        1814:DATA<=58;
        1815:DATA<=17;
        1816:DATA<=115;
        1817:DATA<=17;
        1818:DATA<=58;
        1819:DATA<=98;
        1820:DATA<=0;
        1821:DATA<=98;
        1822:DATA<=58;
        1823:DATA<=17;
        1824:DATA<=115;
        1825:DATA<=17;
        1826:DATA<=58;
        1827:DATA<=98;
        1828:DATA<=0;
        1829:DATA<=98;
        1830:DATA<=58;
        1831:DATA<=17;
        1832:DATA<=115;
        1833:DATA<=17;
        1834:DATA<=58;
        1835:DATA<=98;
        1836:DATA<=0;
        1837:DATA<=98;
        1838:DATA<=58;
        1839:DATA<=17;
        1840:DATA<=115;
        1841:DATA<=17;
        1842:DATA<=58;
        1843:DATA<=98;
        1844:DATA<=0;
        1845:DATA<=98;
        1846:DATA<=58;
        1847:DATA<=17;
        1848:DATA<=115;
        1849:DATA<=17;
        1850:DATA<=58;
        1851:DATA<=98;
        1852:DATA<=0;
        1853:DATA<=98;
        1854:DATA<=58;
        1855:DATA<=17;
        1856:DATA<=115;
        1857:DATA<=17;
        1858:DATA<=58;
        1859:DATA<=98;
        1860:DATA<=0;
        1861:DATA<=98;
        1862:DATA<=58;
        1863:DATA<=17;
        1864:DATA<=115;
        1865:DATA<=17;
        1866:DATA<=58;
        1867:DATA<=98;
        1868:DATA<=0;
        1869:DATA<=98;
        1870:DATA<=58;
        1871:DATA<=17;
        1872:DATA<=115;
        1873:DATA<=17;
        1874:DATA<=58;
        1875:DATA<=98;
        1876:DATA<=0;
        1877:DATA<=98;
        1878:DATA<=58;
        1879:DATA<=17;
        1880:DATA<=115;
        1881:DATA<=17;
        1882:DATA<=58;
        1883:DATA<=98;
        1884:DATA<=0;
        1885:DATA<=98;
        1886:DATA<=58;
        1887:DATA<=17;
        1888:DATA<=115;
        1889:DATA<=17;
        1890:DATA<=58;
        1891:DATA<=98;
        1892:DATA<=0;
        1893:DATA<=98;
        1894:DATA<=58;
        1895:DATA<=17;
        1896:DATA<=115;
        1897:DATA<=17;
        1898:DATA<=58;
        1899:DATA<=98;
        1900:DATA<=0;
        1901:DATA<=98;
        1902:DATA<=58;
        1903:DATA<=17;
        1904:DATA<=115;
        1905:DATA<=17;
        1906:DATA<=58;
        1907:DATA<=98;
        1908:DATA<=0;
        1909:DATA<=98;
        1910:DATA<=58;
        1911:DATA<=17;
        1912:DATA<=115;
        1913:DATA<=17;
        1914:DATA<=58;
        1915:DATA<=98;
        1916:DATA<=0;
        1917:DATA<=98;
        1918:DATA<=58;
        1919:DATA<=17;
        1920:DATA<=115;
        1921:DATA<=17;
        1922:DATA<=58;
        1923:DATA<=98;
        1924:DATA<=0;
        1925:DATA<=98;
        1926:DATA<=58;
        1927:DATA<=17;
        1928:DATA<=115;
        1929:DATA<=17;
        1930:DATA<=58;
        1931:DATA<=98;
        1932:DATA<=0;
        1933:DATA<=98;
        1934:DATA<=58;
        1935:DATA<=17;
        1936:DATA<=115;
        1937:DATA<=17;
        1938:DATA<=58;
        1939:DATA<=98;
        1940:DATA<=0;
        1941:DATA<=98;
        1942:DATA<=58;
        1943:DATA<=17;
        1944:DATA<=115;
        1945:DATA<=17;
        1946:DATA<=58;
        1947:DATA<=98;
        1948:DATA<=0;
        1949:DATA<=98;
        1950:DATA<=58;
        1951:DATA<=17;
        1952:DATA<=115;
        1953:DATA<=17;
        1954:DATA<=58;
        1955:DATA<=98;
        1956:DATA<=0;
        1957:DATA<=98;
        1958:DATA<=58;
        1959:DATA<=17;
        1960:DATA<=115;
        1961:DATA<=17;
        1962:DATA<=58;
        1963:DATA<=98;
        1964:DATA<=0;
        1965:DATA<=98;
        1966:DATA<=58;
        1967:DATA<=17;
        1968:DATA<=115;
        1969:DATA<=17;
        1970:DATA<=58;
        1971:DATA<=98;
        1972:DATA<=0;
        1973:DATA<=98;
        1974:DATA<=58;
        1975:DATA<=17;
        1976:DATA<=115;
        1977:DATA<=17;
        1978:DATA<=58;
        1979:DATA<=98;
        1980:DATA<=0;
        1981:DATA<=98;
        1982:DATA<=58;
        1983:DATA<=17;
        1984:DATA<=115;
        1985:DATA<=17;
        1986:DATA<=58;
        1987:DATA<=98;
        1988:DATA<=0;
        1989:DATA<=98;
        1990:DATA<=58;
        1991:DATA<=17;
        1992:DATA<=115;
        1993:DATA<=17;
        1994:DATA<=58;
        1995:DATA<=98;
        1996:DATA<=0;
        1997:DATA<=98;
        1998:DATA<=58;
        1999:DATA<=17;
        2000:DATA<=115;
        2001:DATA<=17;
        2002:DATA<=58;
        2003:DATA<=98;
        2004:DATA<=0;
        2005:DATA<=98;
        2006:DATA<=58;
        2007:DATA<=17;
        2008:DATA<=115;
        2009:DATA<=17;
        2010:DATA<=58;
        2011:DATA<=98;
        2012:DATA<=0;
        2013:DATA<=98;
        2014:DATA<=58;
        2015:DATA<=17;
        2016:DATA<=115;
        2017:DATA<=17;
        2018:DATA<=58;
        2019:DATA<=98;
        2020:DATA<=0;
        2021:DATA<=98;
        2022:DATA<=58;
        2023:DATA<=17;
        2024:DATA<=115;
        2025:DATA<=17;
        2026:DATA<=58;
        2027:DATA<=98;
        2028:DATA<=0;
        2029:DATA<=98;
        2030:DATA<=58;
        2031:DATA<=17;
        2032:DATA<=115;
        2033:DATA<=17;
        2034:DATA<=58;
        2035:DATA<=98;
        2036:DATA<=0;
        2037:DATA<=98;
        2038:DATA<=58;
        2039:DATA<=17;
        2040:DATA<=115;
        2041:DATA<=17;
        2042:DATA<=58;
        2043:DATA<=98;
        2044:DATA<=0;
        2045:DATA<=98;
        2046:DATA<=58;
        2047:DATA<=17;
    endcase
    
    end
    
    
 
//actual memory block
     
    
    
    
endmodule